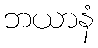
ဘယာနံ